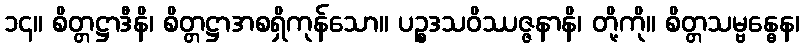
၁၄။ စိတ္တဋ္ဌာဒီနိ၊ စိတ္တဋ္ဌာအစရှိကုန်သော။ ပဉ္စဒသဝိဿဇ္ဇနာနိ၊ တို့ကို။ စိတ္တသမ္ဗန္ဓေန၊